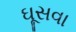
ઘૂસવા